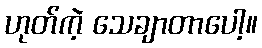
ဟုတ်ကဲ့ သေချာတာပေါ့။